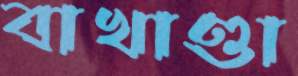
বাখাণ্ডা